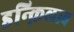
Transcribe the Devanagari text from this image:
इन्क़िलाब